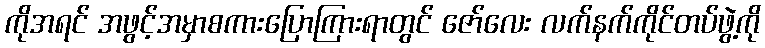
ကိုအရင် အဖွင့်အမှာစကားပြောကြားရာတွင် ဇော်လေး လက်နက်ကိုင်တပ်ဖွဲ့ကို